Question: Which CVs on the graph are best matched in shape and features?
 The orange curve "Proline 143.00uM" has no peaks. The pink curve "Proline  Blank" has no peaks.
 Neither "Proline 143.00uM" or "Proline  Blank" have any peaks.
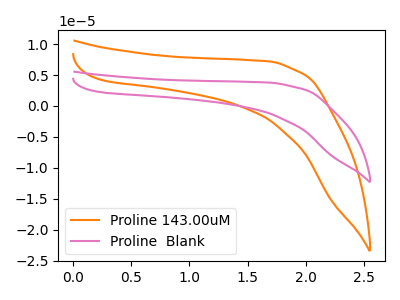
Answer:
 <answer>"Proline 143.00uM" and "Proline  Blank" have the same shape and are likely CV's of the same chemical.</answer>
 <eval>"Proline 143.00uM" "Proline  Blank"</eval>